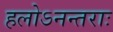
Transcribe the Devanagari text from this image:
हलोऽनन्तराः